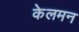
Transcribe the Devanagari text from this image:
केलमन